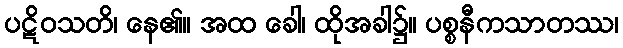
ပဋိဝသတိ၊ နေ၏။ အထ ခေါ၊ ထိုအခါ၌။ ပစ္စနီကသာတဿ၊